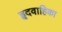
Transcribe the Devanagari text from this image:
हृदवाहिका